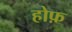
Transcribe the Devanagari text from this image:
होफ़